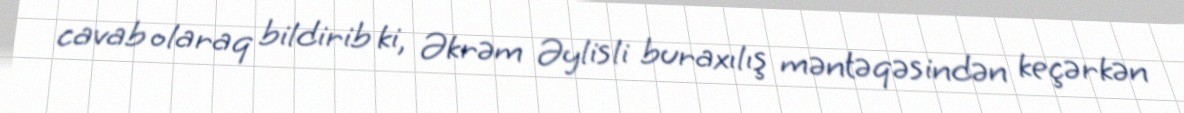
cavab olaraq bildirib ki, Əkrəm Əylisli buraxılış məntəqəsindən keçərkən